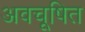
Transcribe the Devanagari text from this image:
अवचूषित